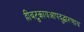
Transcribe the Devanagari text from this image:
ह्रींबटुकायआपदुद्धारणाय